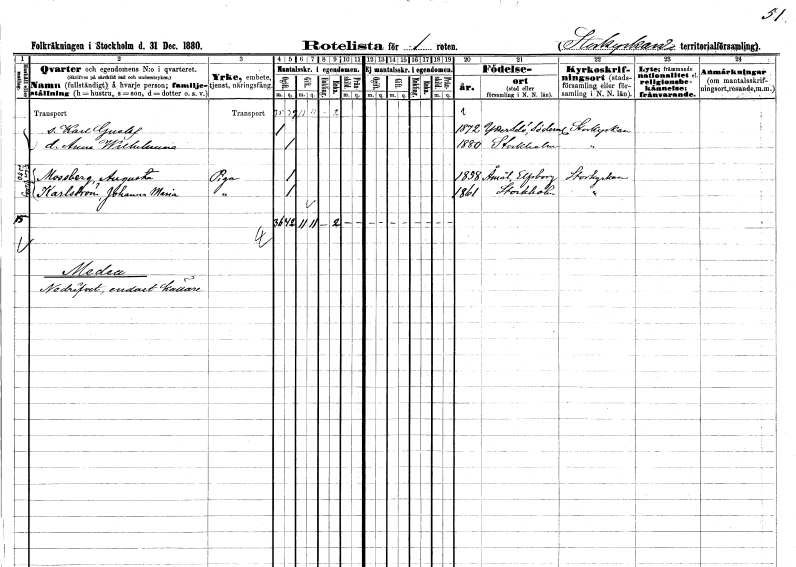
gt_parse: households: individuals: FN: Karl Gustaf
KON: M
CIV: O
FODAR: 1872
FODFORS: Ytterselö Södermanlands län
FN: Anna Wilhelmina
KON: K
CIV: O
FODAR: 1880
FODFORS: Stockholm
FN: Augusta
EN: Mossberg
YRKE: Piga
KON: K
CIV: O
FODAR: 1858
FODFORS: Åmål Älvsborgs län
FN: Johanna Maria
EN: Karlström
YRKE: Piga
KON: K
CIV: O
FODAR: 1861
FODFORS: Stockholm